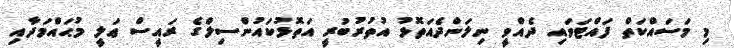
މި މަސައްކަތް ފައްޓަވައި ދެއްވީ ނިލަންދެއަތޮޅު އުތުރުބުރީ އަތޮޅުކައުންސިލްގެ ރައީސް ޢަލީ މުޙައްމަދާއި